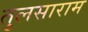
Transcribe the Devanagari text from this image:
तुलसाराम